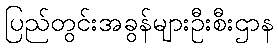
ပြည်တွင်းအခွန်များဦးစီးဌာန